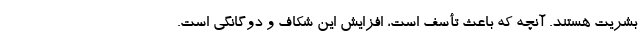
بشریت هستند. آنچه که باعث تأسف است، افزایش این شکاف و دوگانگی است.